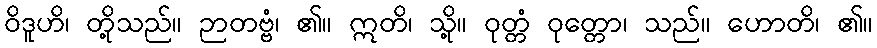
ဝိဒူဟိ၊ တို့သည်။ ဉာတဗ္ဗံ၊ ၏။ ဣတိ၊ သို့။ ဝုတ္တံ ဝုတ္တော၊ သည်။ ဟောတိ၊ ၏။